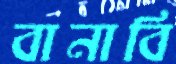
বানাবি